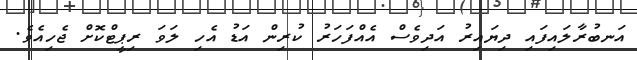
އަނބުރާލައިފައި ދިޔައިރު އަދިވެސް އެއްފަހަރު ކުރިން އަޑު އެހި ލަވަ ރިޕީޓްކޮށް ޖެހިއެވެ.